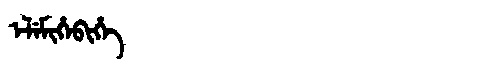
Manchu: ᡝᠯᡝᠮᡳᡥᡝᠪᡳᡥᡝ
Romanization: ELEMIHEBIHE